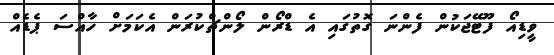
ވީޑިއޯ ފޫޓޭޖަކުން ފެންނަ ގޮތުގައި އެ ޑްރޯން ލޯންޗްކުރަންް އެކަމަށް ހާއްސަ ޕެޑެއް